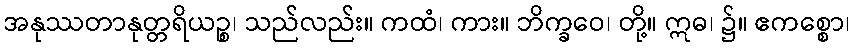
အနုဿတာနုတ္တရိယဉ္စ၊ သည်လည်း။ ကထံ၊ ကား။ ဘိက္ခဝေ၊ တို့။ ဣဓ၊ ၌။ ဧကစ္စော၊